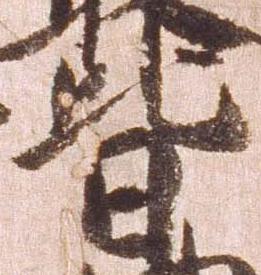
皆